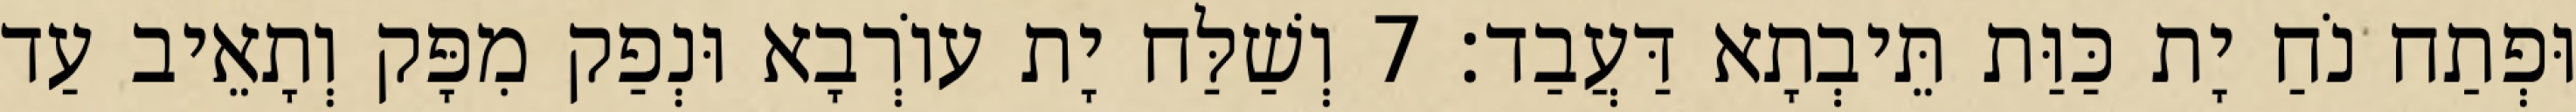
וּפְתַח נֹחַ יָת כַּוַּת תֵּיבְתָא דַּעֲבַד׃ 7 וְשַׁלַּח יָת עוֹרְבָא וּנְפַק מִפָּק וְתָאֵיב עַד